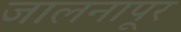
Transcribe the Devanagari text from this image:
जालनापूर